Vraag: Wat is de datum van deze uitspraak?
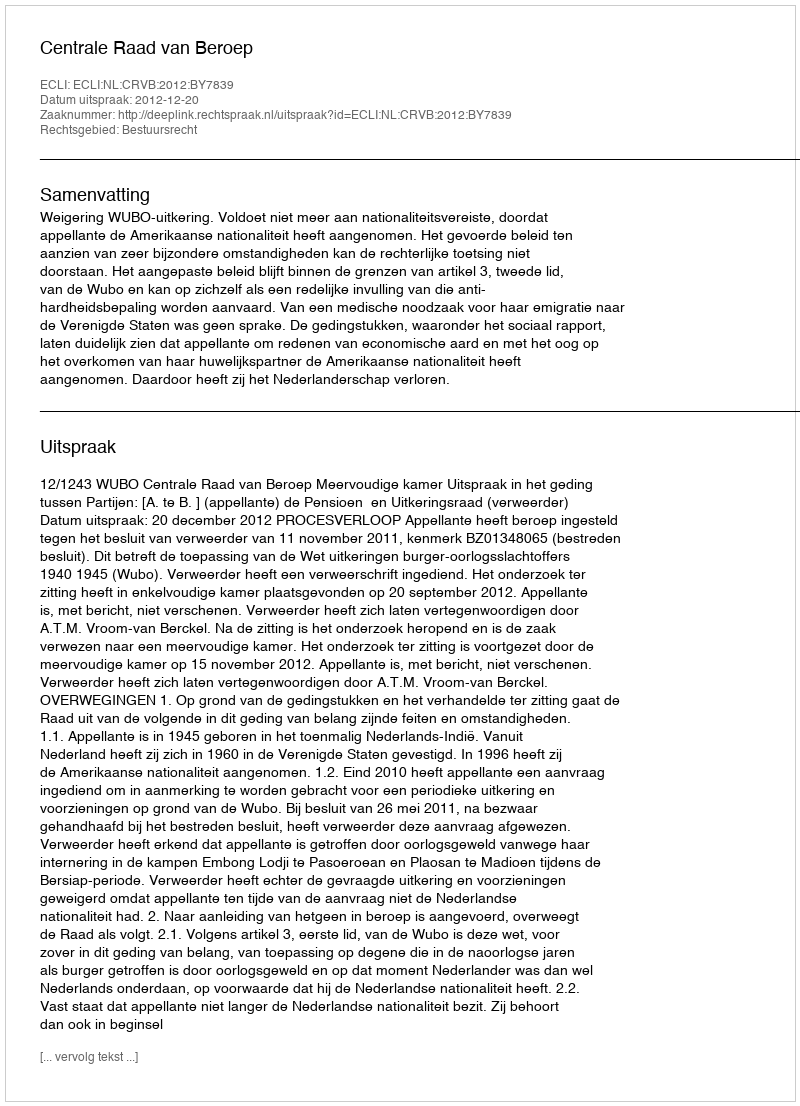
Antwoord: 2012-12-20